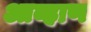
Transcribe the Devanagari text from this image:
आव्हाण